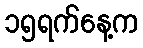
၁၅ရက်နေ့က